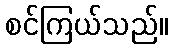
စင်ကြယ်သည်။